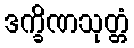
ဒက္ခိဏသုတ္တံ